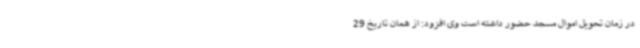
در زمان تحویل اموال مسجد حضور داشته است وی افزود: از همان تاریخ 29